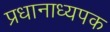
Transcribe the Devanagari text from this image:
प्रधानाध्यपक